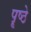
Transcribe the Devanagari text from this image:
पॄष्ठे